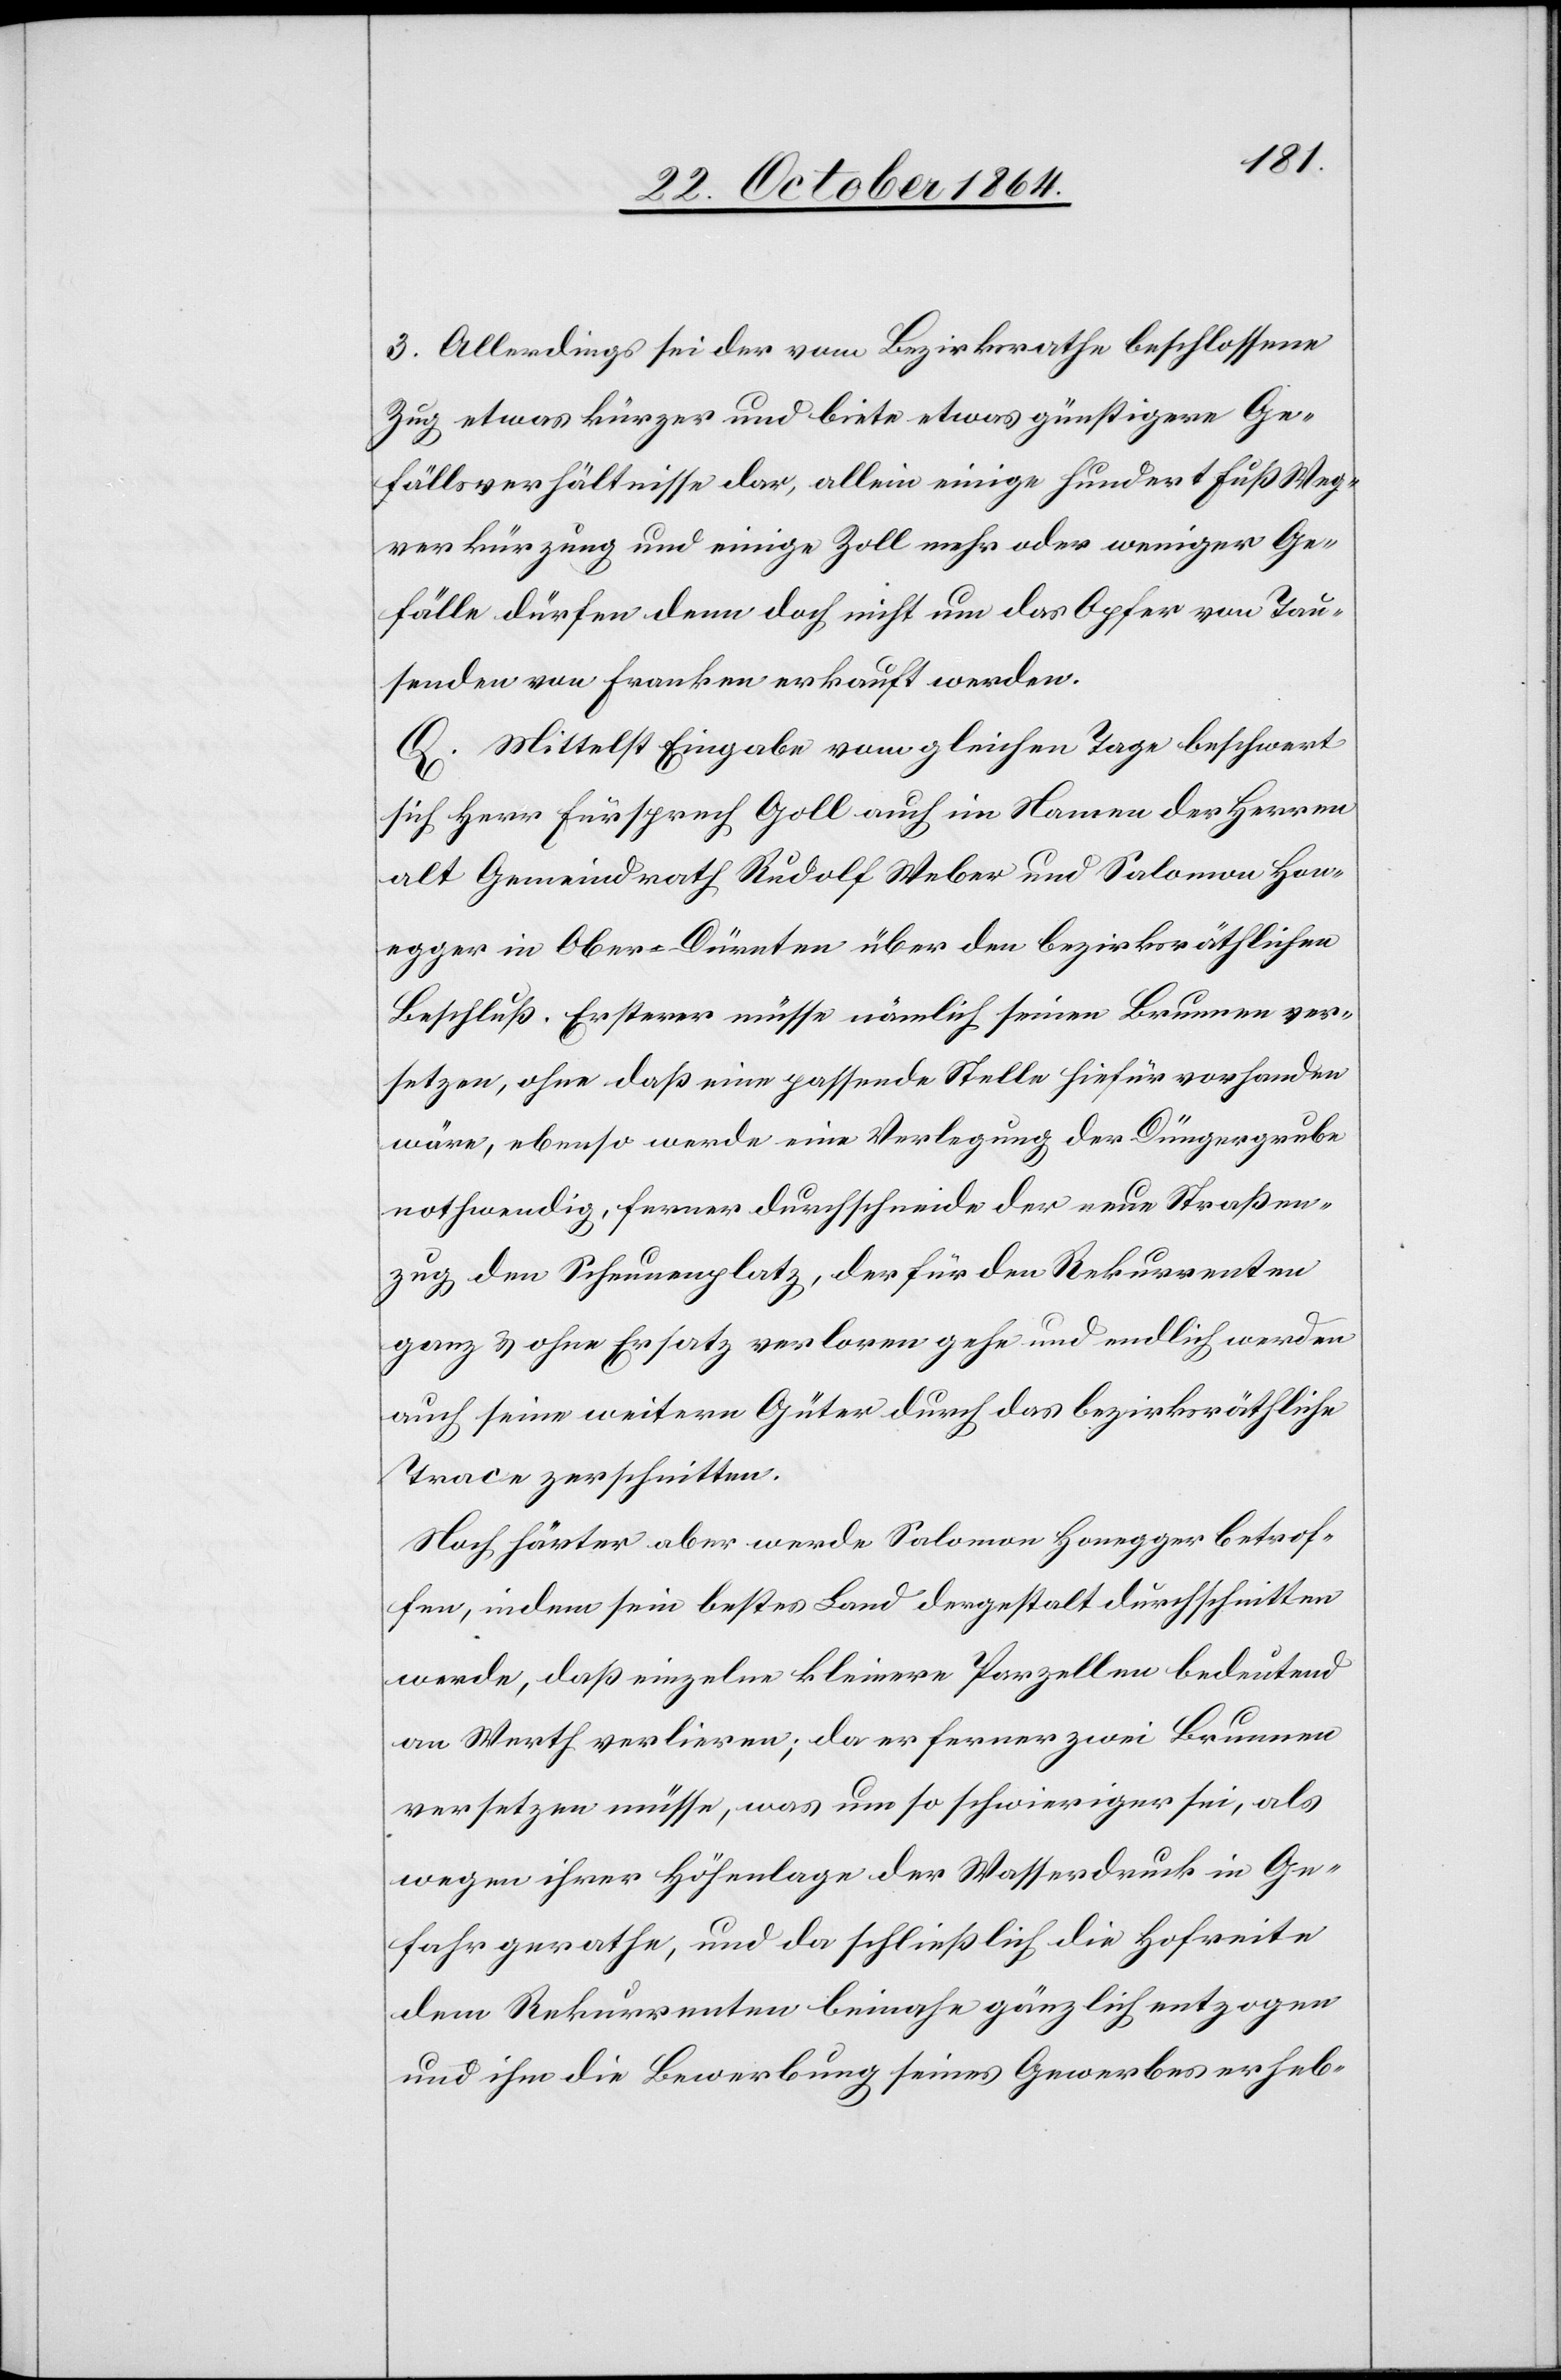
3. Allerdings sei der vom Bezirksrathe beschlossene
Zug etwas kürzer und biete etwas günstigere Ge¬
fällsverhältnisse dar, allein einige hundert Fuß Weg¬
verkürzung und einige Zoll mehr oder weniger Ge¬
fälle dürfen denn doch nicht um das Opfer von Tau¬
senden von Franken erkauft werden.
E. Mittelst Eingabe vom gleichen Tage beschwert
sich Herr Fürsprech Goll auch im Namen der Herren
alt Gemeindrath Rudolf Weber und Salomon Hon¬
egger in Ober-Dürnten über den bezirksräthlichen
Beschluß. Ersterer müsse nämlich seinen Brunnen ver¬
setzen, ohne daß eine passende Stelle hiefür vorhanden
wäre, ebenso werde eine Verlegung der Düngergrube
nothwendig, ferner durchschneide der neue Straßen¬
zug den Scheunenplatz, der für den Rekurrenten
ganz & ohne Ersatz verloren gehe und endlich werden
auch seine weitern Güter durch das bezirksräthliche
Trace zerschnitten.
Noch härter aber werde Salomon Honegger betrof¬
fen, indem sein bestes Land dergestalt durchschnitten
werde, daß einzelne kleinere Parzellen bedeutend
an Werth verlieren; da er ferner zwei Brunnen
versetzen müsse, was um so schwieriger sei, als
wegen ihrer Höhenlage der Wasserdruck in Ge¬
fahr gerathe, und da schließlich die Hofreite
dem Rekurrenten beinahe gänzlich entzogen
und ihm die Bewerbung seines Gewerbes erheb-